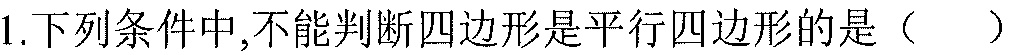
1.下列条件中,不能判断四边形是平行四边形的是（  ）